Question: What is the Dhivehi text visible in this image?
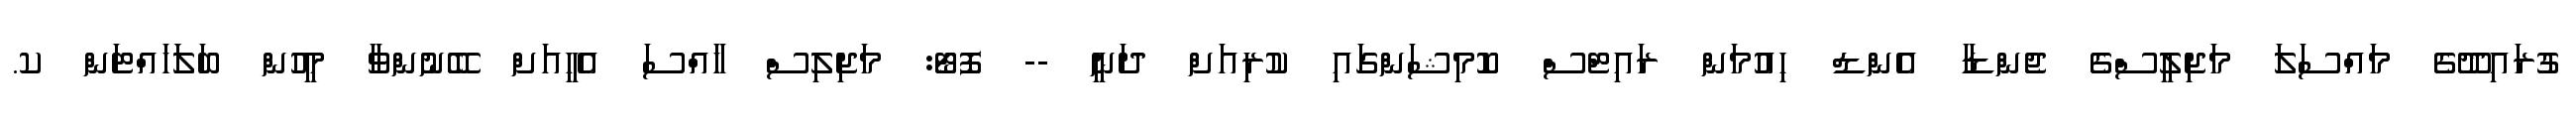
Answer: ގުރައިދޫގެ މައްސަލަ މަޖިލީސްގެ ޖެންޑާ އެންޑް ހިއުމަން ރައިޓްސް ކޮމިޝަންގައި ކުރިއަށް ދަނީ -- ފޮޓޯ: މަޖިލިސް ހާއްސަ އެހީއަށް ބޭނުންވާ މީހުން ބަލަަހައްޓަން ކ.